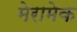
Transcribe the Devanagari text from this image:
मेरामेक